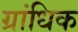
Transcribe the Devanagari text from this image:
ग्रांधिक